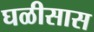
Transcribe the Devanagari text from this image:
घळीसास